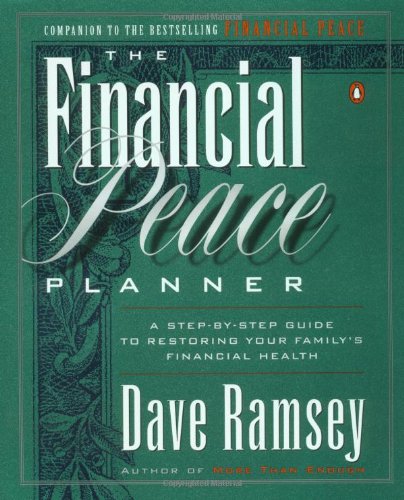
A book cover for The Financial Peace Planner: A Step-by-Step Guide to Restoring Your Family's Financial Health; Dave Ramsey; Business & Money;